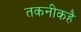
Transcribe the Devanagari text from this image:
तकनीकहै